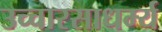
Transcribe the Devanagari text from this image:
उच्चारसाधर्म्य